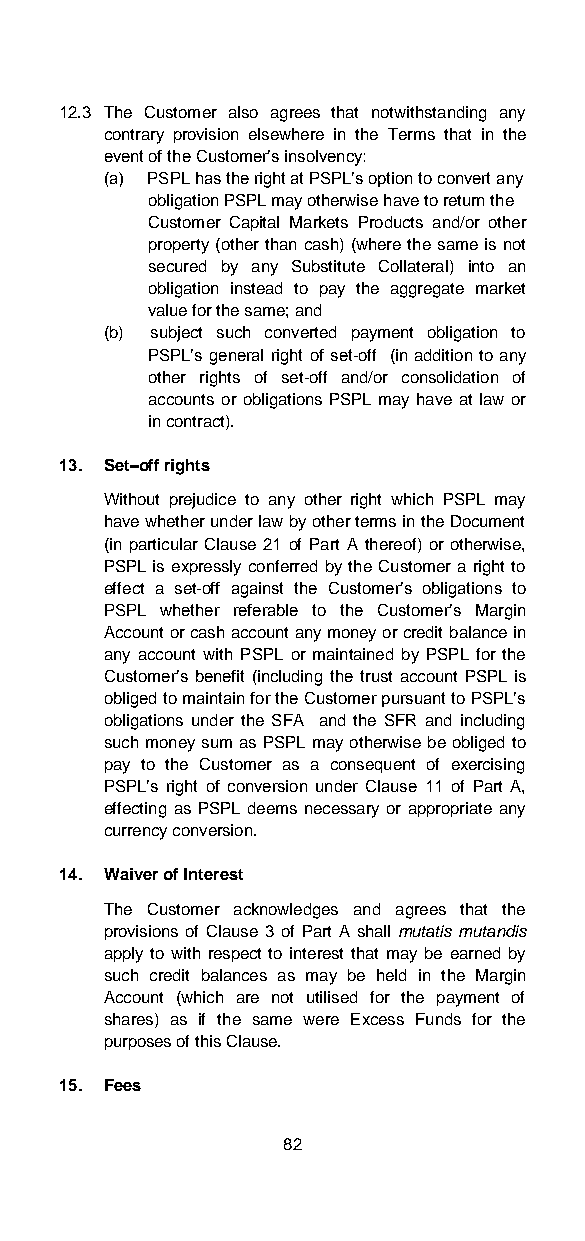
12.3 The Customer also agrees that notwithstanding any
 contrary provision elsewhere in the Terms that in the
 event of the Customer’s insolvency:
 (a) PSPL has the right at PSPL’s option to convert any
 obligation PSPL may otherwise have to return the
 Customer Capital Markets Products and/or other
 property (other than cash) (where the same is not
 secured by any Substitute Collateral) into an
 obligation instead to pay the aggregate market
 value for the same; and
 (b) subject such converted payment obligation to
 PSPL’s general right of set-off (in addition to any
 other rights of set-off and/or consolidation of
 accounts or obligations PSPL may have at law or
 in contract).
 13. Set–off rights
 Without prejudice to any other right which PSPL may
 have whether under law by other terms in the Document
 (in particular Clause 21 of Part A thereof) or otherwise,
 PSPL is expressly conferred by the Customer a right to
 effect a set-off against the Customer’s obligations to
 PSPL whether referable to the Customer’s Margin
 Account or cash account any money or credit balance in
 any account with PSPL or maintained by PSPL for the
 Customer’s benefit (including the trust account PSPL is
 obliged to maintain for the Customer pursuant to PSPL’s
 obligations under the SFA and the SFR and including
 such money sum as PSPL may otherwise be obliged to
 pay to the Customer as a consequent of exercising
 PSPL’s right of conversion under Clause 11 of Part A,
 effecting as PSPL deems necessary or appropriate any
 currency conversion.
 14. Waiver of lnterest
 The Customer acknowledges and agrees that the
 provisions of Clause 3 of Part A shall mutatis mutandis
 apply to with respect to interest that may be earned by
 such credit balances as may be held in the Margin
 Account (which are not utilised for the payment of
 shares) as if the same were Excess Funds for the
 purposes of this Clause.
 15. Fees
 82